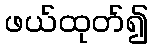
ဖယ်ထုတ်၍